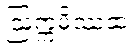
ဩက္ကမိဿထ